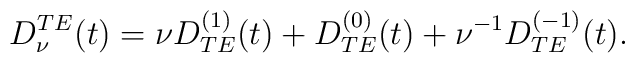
\begin{array}{c} \displaystyle{ D_{\nu}^{TE}(t)= \nu D_{TE}^{(1)}(t) + D_{TE}^{(0)}(t) + \nu^{-1}   D_{TE}^{(-1)}(t) .}\end{array}